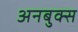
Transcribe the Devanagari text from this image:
अनबुक्स